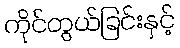
ကိုင်တွယ်ခြင်းနှင့်